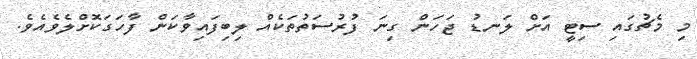
މި މެޗުގައި ސިޓީ އަށް ލަނޑު ޖަހަން ގިނަ ފުރުސަތުތަކެއް ލިބިފައިވާކަން ފާހަގަކޮށްލެވެއެވެ.